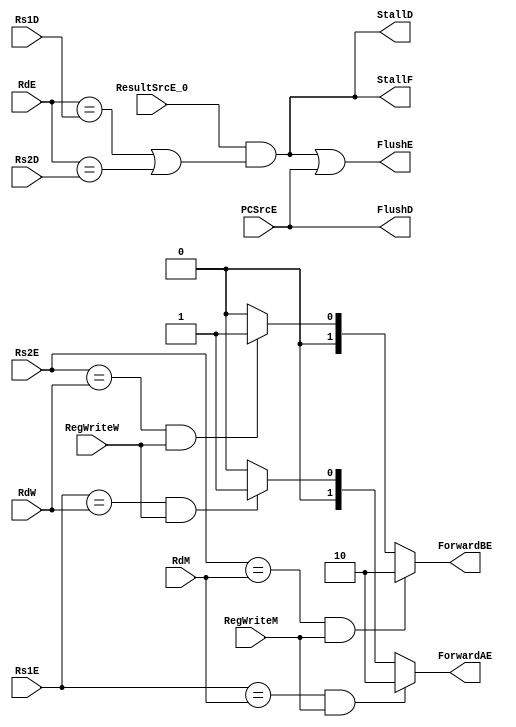
module hazard (
        input       [4:0]   Rs1D        ,
        input       [4:0]   Rs2D        ,
        input       [4:0]   RdE         ,
        input       [4:0]   Rs1E        ,
        input       [4:0]   Rs2E        ,
        input               PCSrcE      ,
        input               ResultSrcE_0,
        input       [4:0]   RdM         ,
        input               RegWriteM   ,
        input       [4:0]   RdW         ,
        input               RegWriteW   ,

        output              StallF      ,
        output              StallD      ,
        output              FlushD      ,
        output              FlushE      ,
        output  reg [1:0]   ForwardAE   ,
        output  reg [1:0]   ForwardBE
    );
    wire lwStall;
    wire PCSrcE;
    //----------------------------<Forwarding to solve data hazard>----------------------------//
    // Forwarding A
    always @(*) begin
        if ((Rs1E == RdM) && RegWriteM) begin
            ForwardAE = 2'b10;
        end

        else if ((Rs1E == RdW) && RegWriteW) begin
            ForwardAE = 2'b01;
        end

        else begin
            ForwardAE = 2'b00;
        end
    end

    // Forwarding B
    always @(*) begin
        if ((Rs2E == RdM) && RegWriteM) begin
            ForwardBE = 2'b10;
        end

        else if ((Rs2E == RdW) && RegWriteW) begin
            ForwardBE = 2'b01;
        end

        else begin
            ForwardBE = 2'b00;
        end
    end

   //----------------------------<stalling to solve data & control hazard>----------------------------//
   // Although this may lead to the unecessary stall when execute J-Type or I-Type instructions, 
   // it only causes a small performance loss and save the cost.
   assign lwStall = ResultSrcE_0 && ((RdE == Rs1D) || (RdE == Rs2D));

   assign StallF = lwStall;
   assign StallD = lwStall;
   
   assign FlushD = PCSrcE;
   assign FlushE = lwStall | PCSrcE;
endmodule